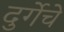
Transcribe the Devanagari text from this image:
दुर्गेचे